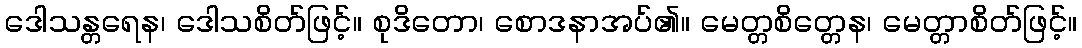
ဒေါသန္တရေန၊ ဒေါသစိတ်ဖြင့်။ စုဒိတော၊ စောဒနာအပ်၏။ မေတ္တစိတ္တေန၊ မေတ္တာစိတ်ဖြင့်။